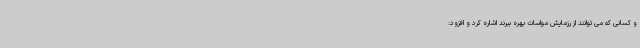
و کسانی که می توانند از رزمایش مواسات بهره ببرند اشاره کرد و افزود: